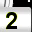
Digit: 2